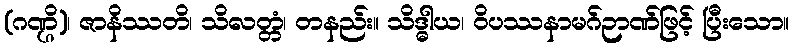
(ဂဏ္ဌိ)၊ ဇာနိဿတိ၊ သိလတ္တံ၊ တနည်း။ သိဒ္ဓါယ၊ ဝိပဿနာမဂ်ဉာဏ်ဖြင့် ပြီးသော။